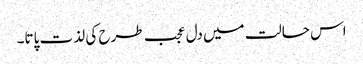
اس حالت میں دل عجب طرح کی لذت پاتا۔